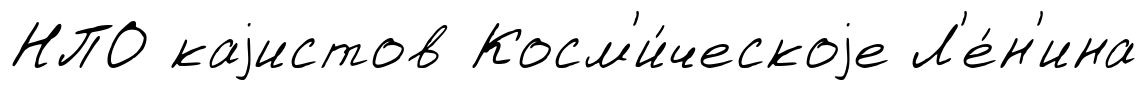
НПО каjистов Косм'и́ческоjе Л'е́н'ина